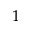
1